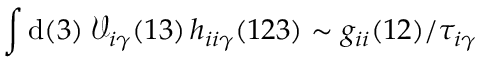
\int \mathrm { d } ( 3 ) \; \mathcal { V } _ { i \gamma } ( 1 3 ) \, h _ { i i \gamma } ( 1 2 3 ) \sim g _ { i i } ( 1 2 ) / \tau _ { i \gamma }